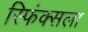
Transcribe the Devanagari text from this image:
स्फिंक्सला